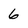
Character: 6